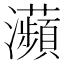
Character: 𤅖